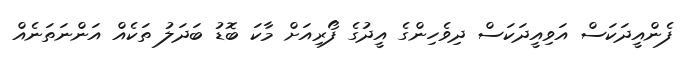
ފެންއީދަކަސް އަވިއީދަކަސް ދިވެހިންގެ އީދުގެ ފޯރިއަށް މާކަ ބޮޑު ބަދަލު ތަކެއް އަންނަތަނެއް